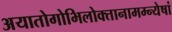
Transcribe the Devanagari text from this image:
अयातोगोभिलोक्तानामम्न्येषां